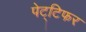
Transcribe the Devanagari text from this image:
पेट्टिफर